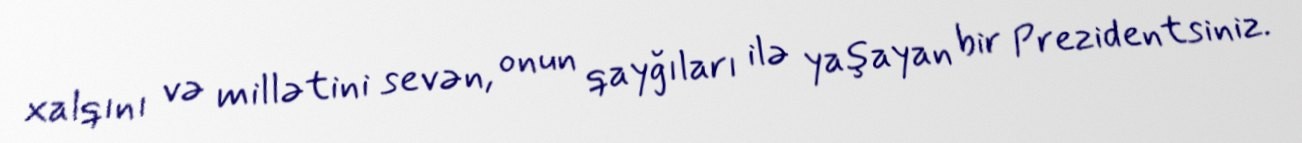
xalqını və millətini sevən, onun qayğıları ilə yaşayan bir Prezidentsiniz.